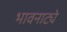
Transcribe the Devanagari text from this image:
भावनाट्ये